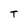
Character: T